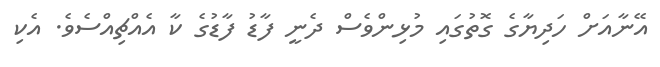
އޭނާއަށް ހަދިޔާގެ ގޮތުގައި މުޅިންވެސް ދެނީ ފާޑު ފާޑުގެ ކާ އެއްޗިއްސެވެ. އެކި